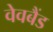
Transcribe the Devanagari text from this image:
वेवबैंड